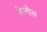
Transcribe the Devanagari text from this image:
फेनोल